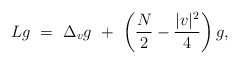
\begin{align*}Lg\ =\ \Delta_v g\ +\ \left(\dfrac{N}{2}-\dfrac{|v|^2}{4}\right)g,\end{align*}